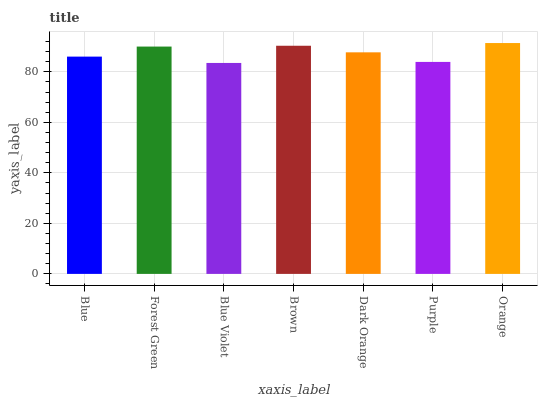
| xaxis_label | bars |
 | --- | --- |
 | Blue | 86 |
 | Forest Green | 90 |
 | Blue Violet | 83.5 |
 | Brown | 90.3 |
 | Dark Orange | 87.7 |
 | Purple | 83.9 |
 | Orange | 91.4 |